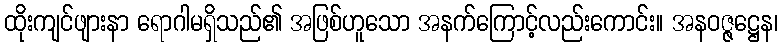
ထိုးကျင်ဖျားနာ ရောဂါမရှိသည်၏ အဖြစ်ဟူသော အနက်ကြောင့်လည်းကောင်း။ အနဝဇ္ဇဋ္ဌေန၊